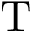
\mathrm { T }